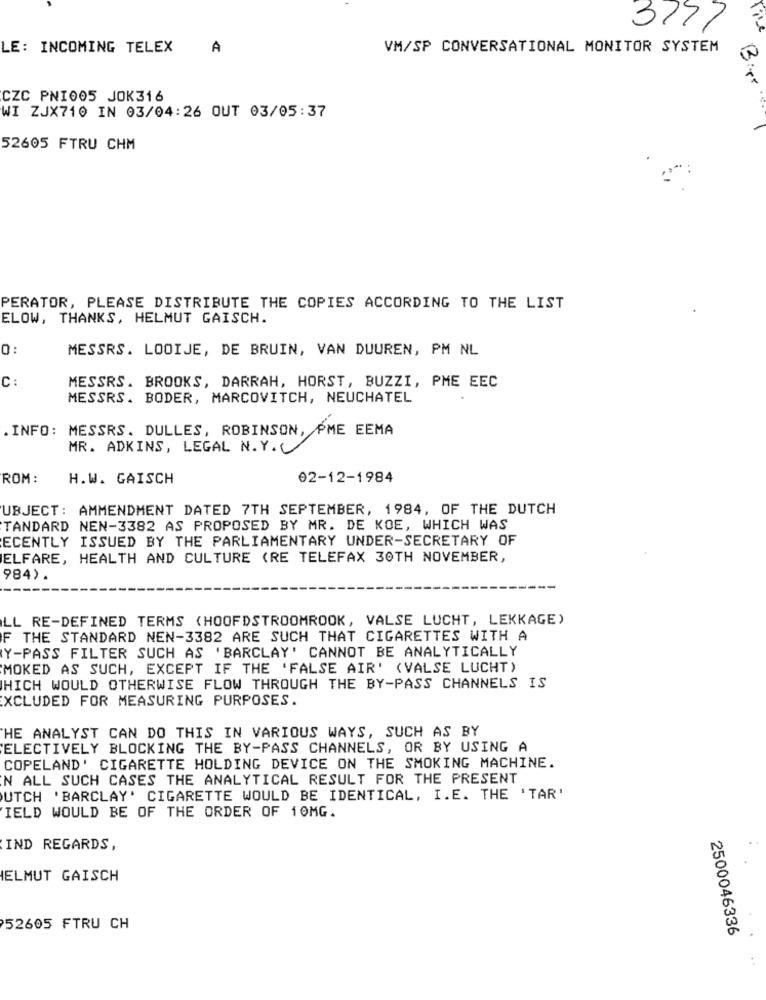
ris
3777
LE: INCOMING TELEX
A
VM/SP CONVERSATIONAL MONITOR SYSTEM
Bite
CZC PNI005 JOK316
WI ZJX710 IN 03/04:26 OUT 03/05:37
52605 FTRU CHM
PERATOR, PLEASE DISTRIBUTE THE COPIES ACCORDING TO THE LIST
ELOW, THANKS, HELMUT GAISCH.
0
MESSRS. LOOIJE, DE BRUIN, VAN DUUREN, PM NL
MESSRS. BROOKS, DARRAH, HORST, BUZZI, PME EEC
C:
MESSRS. BODER, MARCOVITCH, NEUCHATEL
.INFO: MESSRS. DULLES, ROBINSON, PME EEMA
MR. ADKINS, LEGAL N. Y.(
ROM :
H.W. GAISCH
02-12-1984
UBJECT: AMMENDMENT DATED 7TH SEPTEMBER, 1984, OF THE DUTCH
TANDARD NEN-3382 AS PROPOSED BY MR. DE KOE, WHICH WAS
ECENTLY ISSUED BY THE PARLIAMENTARY UNDER-SECRETARY OF
ELFARE, HEALTH AND CULTURE (RE TELEFAX 30TH NOVEMBER,
984).
LL RE-DEFINED TERMS (HOOFDSTROOMROOK, VALSE LUCHT, LEKKAGE)
F THE STANDARD NEN-3382 ARE SUCH THAT CIGARETTES WITH A
Y-PASS FILTER SUCH AS 'BARCLAY' CANNOT BE ANALYTICALLY
MOKED AS SUCH, EXCEPT IF THE 'FALSE AIR' (VALSE LUCHT)
WHICH WOULD OTHERWISE FLOW THROUGH THE BY-PASS CHANNELS IS
EXCLUDED FOR MEASURING PURPOSES.
HE ANALYST CAN DO THIS IN VARIOUS WAYS, SUCH AS BY
ELECTIVELY BLOCKING THE BY-PASS CHANNELS, OR BY USING A
COPELAND' CIGARETTE HOLDING DEVICE ON THE SMOKING MACHINE.
N ALL SUCH CASES THE ANALYTICAL RESULT FOR THE PRESENT
UTCH 'BARCLAY' CIGARETTE WOULD BE IDENTICAL, I.E. THE 'TAR'
IELD WOULD BE OF THE ORDER OF 10MG.
IND REGARDS,
ELMUT GAISCH
52605 FTRU CH
2500046336